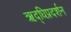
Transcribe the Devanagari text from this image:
ऋद्धिप्रदर्शन